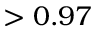
> 0 . 9 7